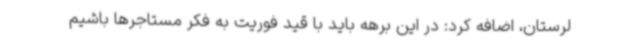
لرستان، اضافه کرد: در این برهه باید با قید فوریت به فکر مستاجرها باشیم